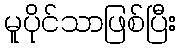
မူပိုင်သာဖြစ်ပြီး